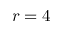
r = 4